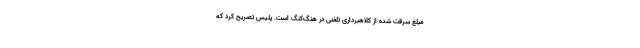
مبلغ سرقت شده از کلاهبرداری تلفنی در هنگ‌کنگ است. پلیس تصریح کرد که